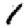
Digit: 1